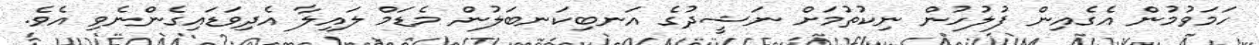
ހަމަވުމުން އެގެއިން ފުލުހުން ނިކުތުމަށް ނަޝީދުގެ އަނބިކަނބަލުން މެޑަމް ލައިލާ އެދިވަޑައިގެންނެވި އެވެ.